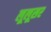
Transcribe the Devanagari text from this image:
लूलूसर